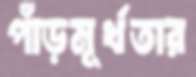
পাঁড়মূর্খতার